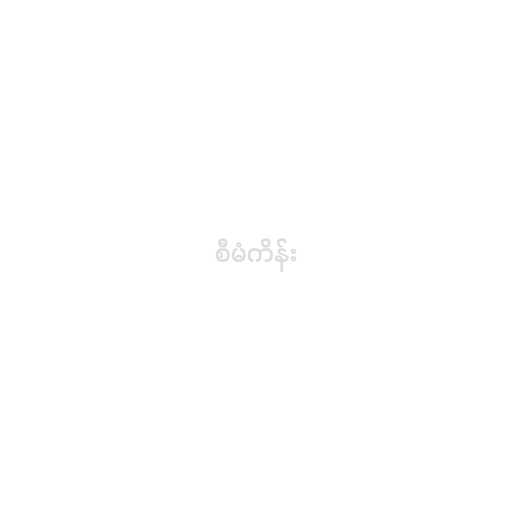
စီမံကိန်း